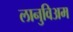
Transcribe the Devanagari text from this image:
लानुविअम